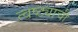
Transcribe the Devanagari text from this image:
त्वष्ट्याची